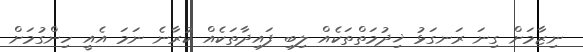
ނިޒާމަށް ގިނަ ރަނގަޅު ޚިދުމަތްތަކެއް ލިބި ފައިދާތަކެއް ކުރާނެ ނަމަ އެއީ ހިންގުމަށް